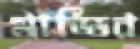
মাড্ডির